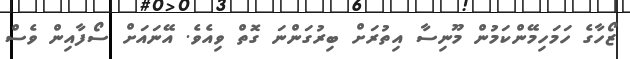
ޒޯހާގެ ހަމަހިމޭންކަމުން މޫނިސާ އިތުރަށް ބިރުގަންނަ ގޮތް ވިއެވެ. އޭނައަށް ސޯފާއިން ވެސް